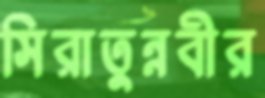
সিরাতুন্নবীর